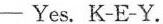
- Yes. K-E-Y.